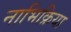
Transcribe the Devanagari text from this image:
नाभिक्रिया